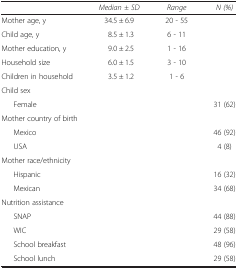
<table><thead><tr><td><b> </b></td><td><b><i>Median ± SD</i></b></td><td><b><i>Range</i></b></td><td><b><i>N (%)</i></b></td></tr></thead><tbody><tr><td>Mother age, y</td><td>34.5 ± 6.9</td><td>20 - 55</td><td> </td></tr><tr><td>Child age, y</td><td>8.5 ± 1.3</td><td>6 - 11</td><td> </td></tr><tr><td>Mother education, y</td><td>9.0 ± 2.5</td><td>1 - 16</td><td> </td></tr><tr><td>Household size</td><td>6.0 ± 1.5</td><td>3 - 10</td><td> </td></tr><tr><td>Children in household</td><td>3.5 ± 1.2</td><td>1 - 6</td><td> </td></tr><tr><td>Child sex</td><td> </td><td> </td><td> </td></tr><tr><td>Female</td><td> </td><td> </td><td>31 (62)</td></tr><tr><td>Mother country of birth</td><td> </td><td> </td><td> </td></tr><tr><td>Mexico</td><td> </td><td> </td><td>46 (92)</td></tr><tr><td>USA</td><td> </td><td> </td><td>4 (8)</td></tr><tr><td>Mother race/ethnicity</td><td> </td><td> </td><td> </td></tr><tr><td>Hispanic</td><td> </td><td> </td><td>16 (32)</td></tr><tr><td>Mexican</td><td> </td><td> </td><td>34 (68)</td></tr><tr><td>Nutrition assistance</td><td> </td><td> </td><td> </td></tr><tr><td>SNAP</td><td> </td><td> </td><td>44 (88)</td></tr><tr><td>WIC</td><td> </td><td> </td><td>29 (58)</td></tr><tr><td>School breakfast</td><td> </td><td> </td><td>48 (96)</td></tr><tr><td>School lunch</td><td> </td><td> </td><td>29 (58)</td></tr></tbody></table>